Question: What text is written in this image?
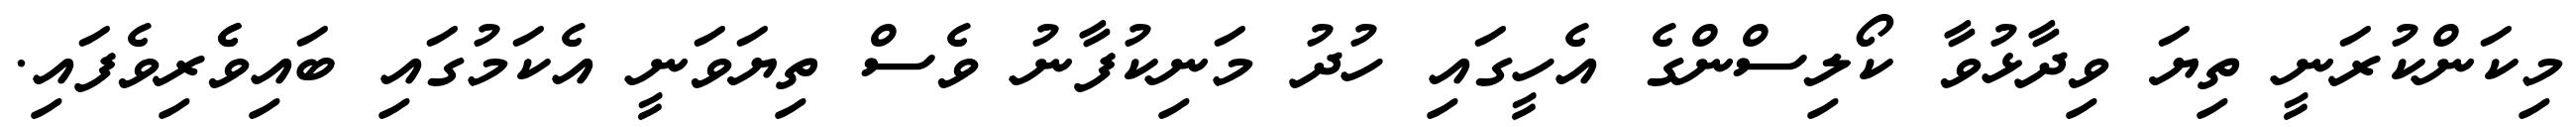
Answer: މިކަންކުރަނީ ތިޔަ ވިދާޅުވާ ކޯލިސްންގެ އެހީގައި ހުދު މަނިކުފާނު ވެސް ތިޔަވަނީ އެކަމުގައި ބައިވެެރިވެފައި.